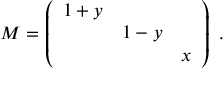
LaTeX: { \cal M } = \left( \begin{array} { c c c } { { 1 + y } } & { { } } & { { } } \\ { { } } & { { 1 - y } } & { { } } \\ { { } } & { { } } & { { x } } \end{array} \right) \ .